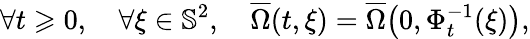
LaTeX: \forall t\geqslant 0,\quad\forall\xi\in\mathbb{S}^{2},\quad\overline{{\Omega}}(t,\xi)=\overline{{\Omega}}\big(0,\Phi_{t}^{-1}(\xi)\big),